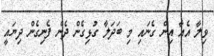
ވިލާ އެއާ އިން ގެނައި މި ބަދަލާ ގުޅިގެން ދެން ފެނިގެން ދިޔައީ